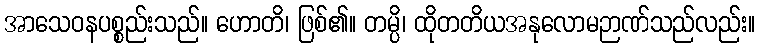
အာသေဝနပစ္စည်းသည်။ ဟောတိ၊ ဖြစ်၏။ တမ္ပိ၊ ထိုတတိယအနုလောမဉာဏ်သည်လည်း။